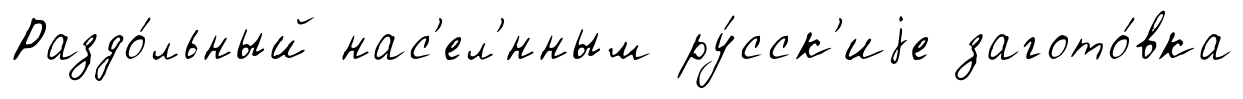
Раздо́льный нас'ел'́нным ру́сск'иjе загото́вка